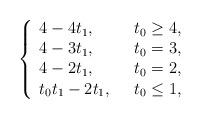
LaTeX: \begin{align*}\left\{ \begin{array}{ll}4-4t_1, & ~~ t_0\geq4,\\4-3t_1, & ~~ t_0=3,\\4-2t_1, & ~~ t_0=2,\\t_0t_1-2t_1, & ~~ t_0\leq1,\end{array}\right.\end{align*}